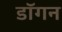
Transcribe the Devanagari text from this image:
डॉगन